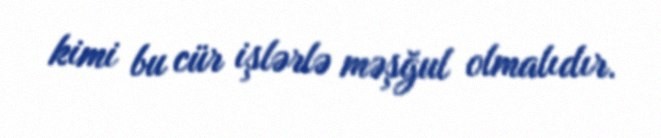
kimi bu cür işlərlə məşğul olmalıdır.